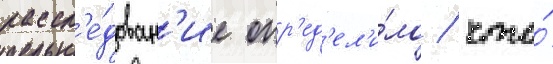
рассл'е́дован'ие опр'ед'ел'и́ло / что́